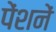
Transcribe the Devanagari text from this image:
पेंशनें